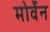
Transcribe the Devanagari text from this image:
मोर्वेन